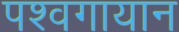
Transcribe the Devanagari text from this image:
पश्वगायान